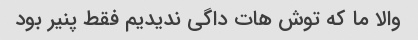
والا ما که توش هات داگی ندیدیم فقط پنیر بود